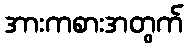
အားကစားအတွက်